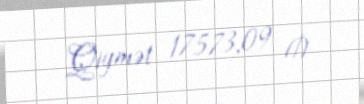
Qiymət 17573,09 ₼